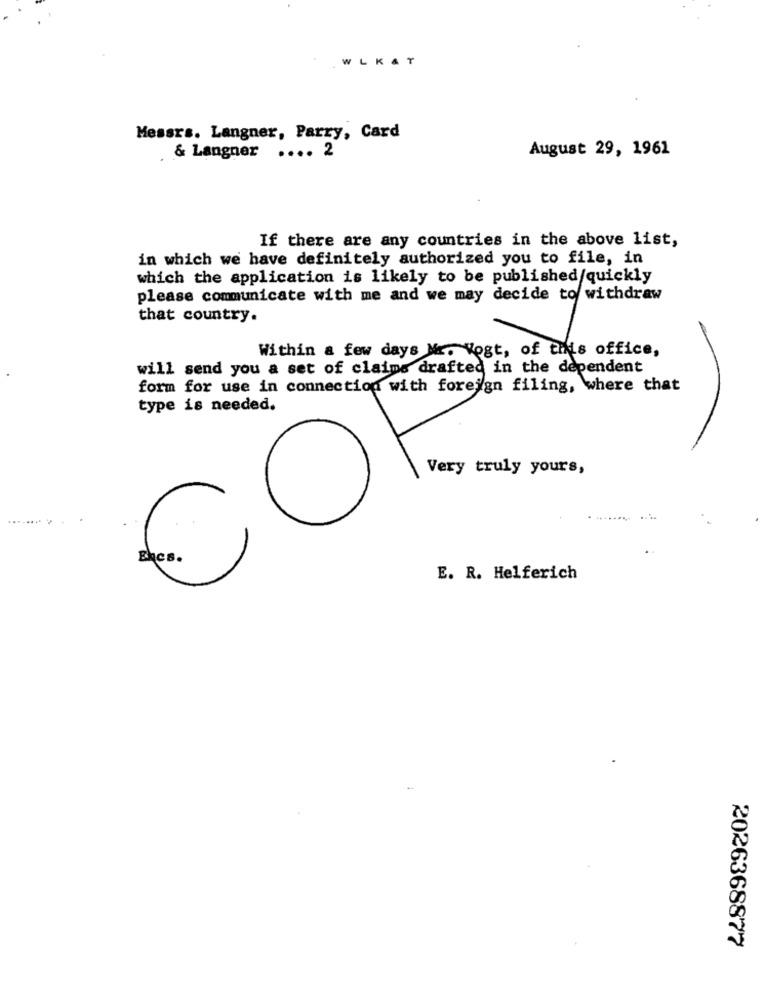
WLKAT
Messrs. Langner, Parry, Card
August 29, 1961
& Langner .... 2
If there are any countries in the above list,
in which we have definitely authorized you to file, in
which the application is likely to be published/quickly
please communicate with me and we may decide to withdraw
that country.
COR
type is needed.
Very truly yours,
E. R. Helferich
2026368877